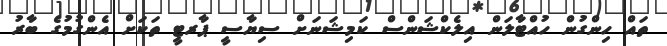
ތައް ހިންގުން ހުއްޓާލަން އިލެކްޝަންސް ކަމިޝަނަށް ސިޔާސީ ޕާރޓީ ތަކަށް އެންގުމުގެ ބާރު